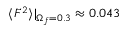
\langle F ^ { 2 } \rangle | _ { \Omega _ { f } = 0 . 3 } \approx 0 . 0 4 3